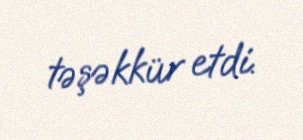
təşəkkür etdi.